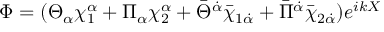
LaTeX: \Phi = ( \Theta _ { \alpha } \chi _ { 1 } ^ { \alpha } + \Pi _ { \alpha } \chi _ { 2 } ^ { \alpha } + \bar { \Theta } ^ { \dot { \alpha } } \bar { \chi } _ { 1 \dot { \alpha } } + \bar { \Pi } ^ { \dot { \alpha } } \bar { \chi } _ { 2 \dot { \alpha } } ) e ^ { i k X }